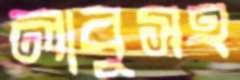
লাবুসহ